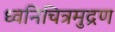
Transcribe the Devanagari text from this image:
ध्वनिचित्रमुद्रण